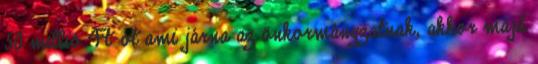
50 millió Ft-ot ami járna az önkormányzatnak, akkor majd